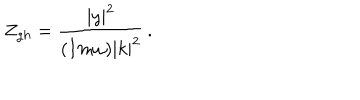
LaTeX: Z _ { g h } = \frac { | y | ^ { 2 } } { ( I m \omega ) | k | ^ { 2 } } \, .